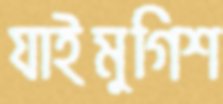
যাইমুগিশ